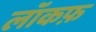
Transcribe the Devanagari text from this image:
लॉकफ़